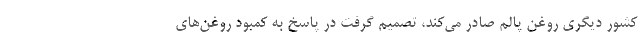
کشور دیگری روغن پالم صادر می‌کند، تصمیم گرفت در پاسخ به کمبود روغن‌های